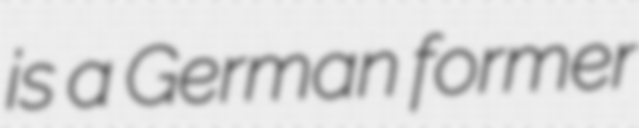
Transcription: is a German former